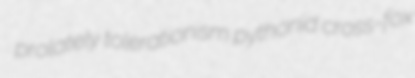
prolately tolerationism pythonid cross-fox